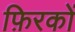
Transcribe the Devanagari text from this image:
फ़िरकों